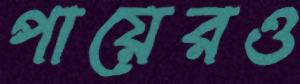
পায়েরও